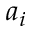
a _ { i }